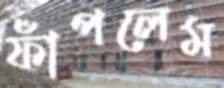
ফাঁপলেম